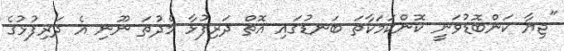
"ޖިޔާ ކަންބޮޑުވަނީ ކޮންކަމަކާތަ ބަނޑުގައި އޮތް ދަރިފުޅާ މެދުތަ ނޫނި އެ ދަރިފުޅުގެ